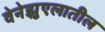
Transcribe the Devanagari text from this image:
वेनेझुएलातील